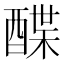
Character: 𲆲